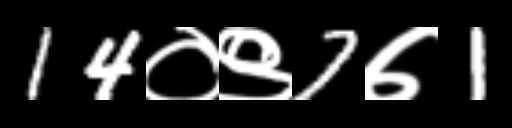
Text: 14०९7७1